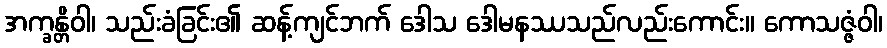
အက္ခန္တိဝါ၊ သည်းခံခြင်း၏ ဆန့်ကျင်ဘက် ဒေါသ ဒေါမနဿသည်လည်းကောင်း။ ကောသဇ္ဇံဝါ၊